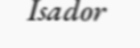
Isador